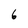
Character: 6